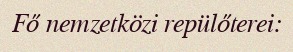
Fő nemzetközi repülőterei: